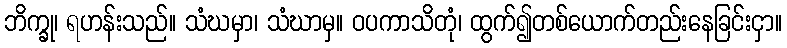
ဘိက္ခု၊ ရဟန်းသည်။ သံဃမှာ၊ သံဃာမှ။ ဝပကာသိတုံ၊ ထွက်၍တစ်ယောက်တည်းနေခြင်းငှာ။